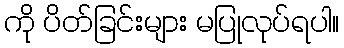
ကို ပိတ်ခြင်းများ မပြုလုပ်ရပါ။